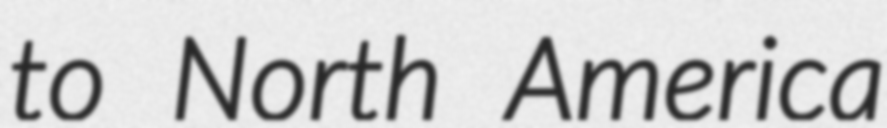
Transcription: to North America